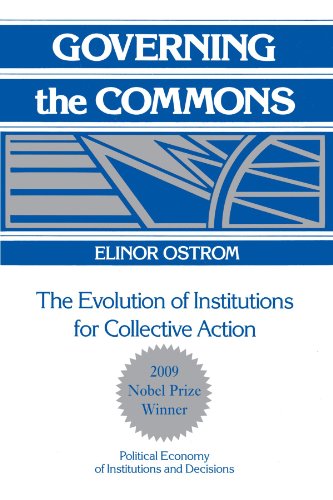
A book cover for Governing the Commons: The Evolution of Institutions for Collective Action (Political Economy of Institutions and Decisions); Elinor Ostrom; Business & Money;